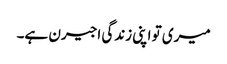
میری تو اپنی زندگی اجیرن ہے۔